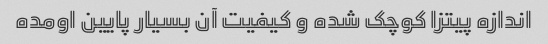
اندازه پیتزا کوچک شده و کیفیت آن بسیار پایین اومده